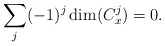
\begin{align*} \sum_j (-1)^j \dim(C_x^j)=0.\end{align*}